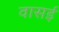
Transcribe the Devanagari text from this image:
वासई